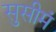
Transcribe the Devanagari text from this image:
सुसीमं